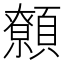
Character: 𩕐